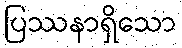
ပြဿနာရှိသော